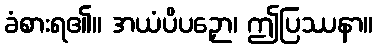
ခံစားရ၏။ အယံပိပဉှော၊ ဤပြဿနာ။